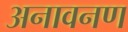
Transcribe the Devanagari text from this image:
अनावनण